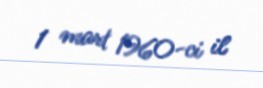
1 mart 1960-ci il